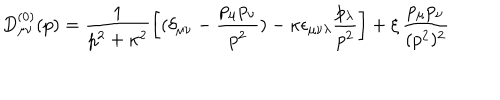
LaTeX: D _ { \mu \nu } ^ { ( 0 ) } ( p ) = \frac { 1 } { p ^ { 2 } + \kappa ^ { 2 } } \left[ ( \delta _ { \mu \nu } - \frac { p _ { \mu } p _ { \nu } } { p ^ { 2 } } ) - \kappa \epsilon _ { \mu \nu \lambda } \frac { p _ { \lambda } } { p ^ { 2 } } \right] + \xi \, \frac { p _ { \mu } p _ { \nu } } { ( p ^ { 2 } ) ^ { 2 } }